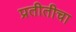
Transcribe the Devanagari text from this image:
प्रतीतीचा